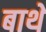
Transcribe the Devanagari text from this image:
बाथे